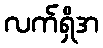
လက်ရှိအ